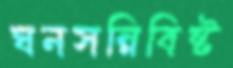
ঘনসন্নিবিষ্ট